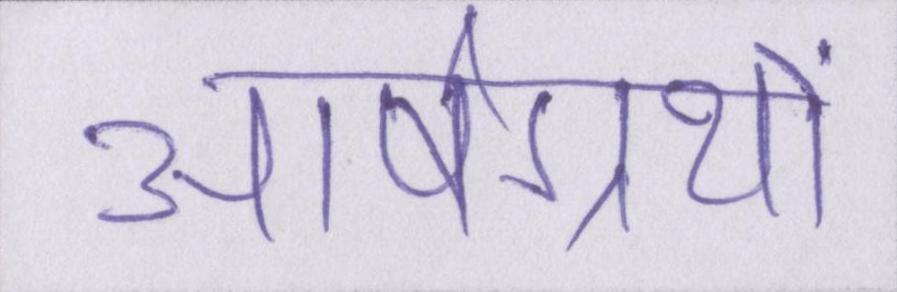
आर्षग्रंथों